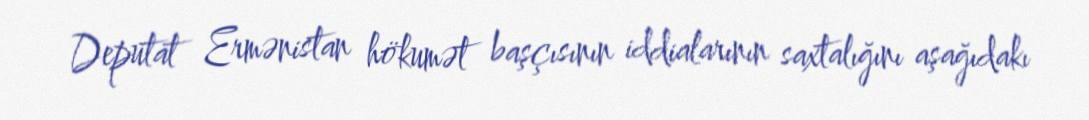
Deputat Ermənistan hökumət başçısının iddialarının saxtalığını aşağıdakı